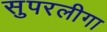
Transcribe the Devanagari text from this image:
सुपरलीगा